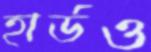
হার্ডও